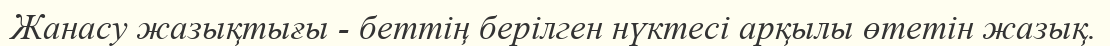
Жанасу жазықтығы - беттің берілген нүктесі арқылы өтетін жазық.